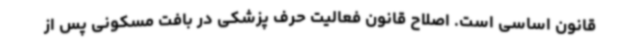
قانون اساسی است. اصلاح قانون فعالیت حرف پزشکی در بافت مسکونی پس از